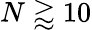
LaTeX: N\gtrapprox 10